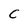
Character: C